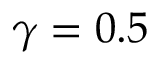
\gamma = 0 . 5